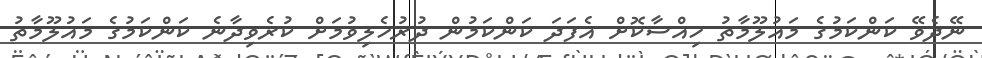
ނޭދެވޭ ކަންކަމުގެ މައުލޫމާތު ހިއްސާކޮށް އެފަދަ ކަންކަމުން ދުރުހެލިވުމަށް ކުރެވިދާނެ ކަންކަމުގެ މައުލޫމާތު